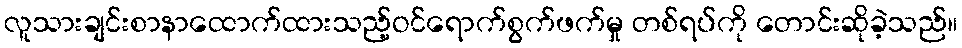
လူသားချင်းစာနာထောက်ထားသည့်ဝင်ရောက်စွက်ဖက်မှု တစ်ရပ်ကို တောင်းဆိုခဲ့သည်။